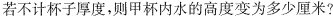
若不计杯子厚度，则甲杯内水的高度变为多少厘米?